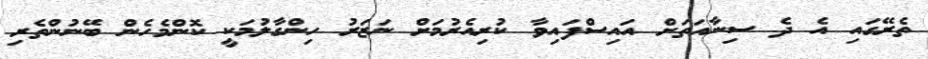
ތެރޭގައި އެ ދެ ސިނާއަތަށް އައިސްފައިވާ ކުރިއެރުމަށް ނަޒަރު ހިންގާލުމަކީ ކޮންމެހެން ބޭނުންތެރި